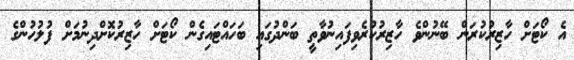
އެ ކޯޓަށް ހާޒިރުކުރަން ބޭނުންވެ ހާޒިރުކުރެވިފައިނުވާތީ ބަންދުގައި ބަހައްޓައިގެން ކޯޓަށް ހާޒިރުކޮށްދިނުމަށް ފުލުހުންގެ